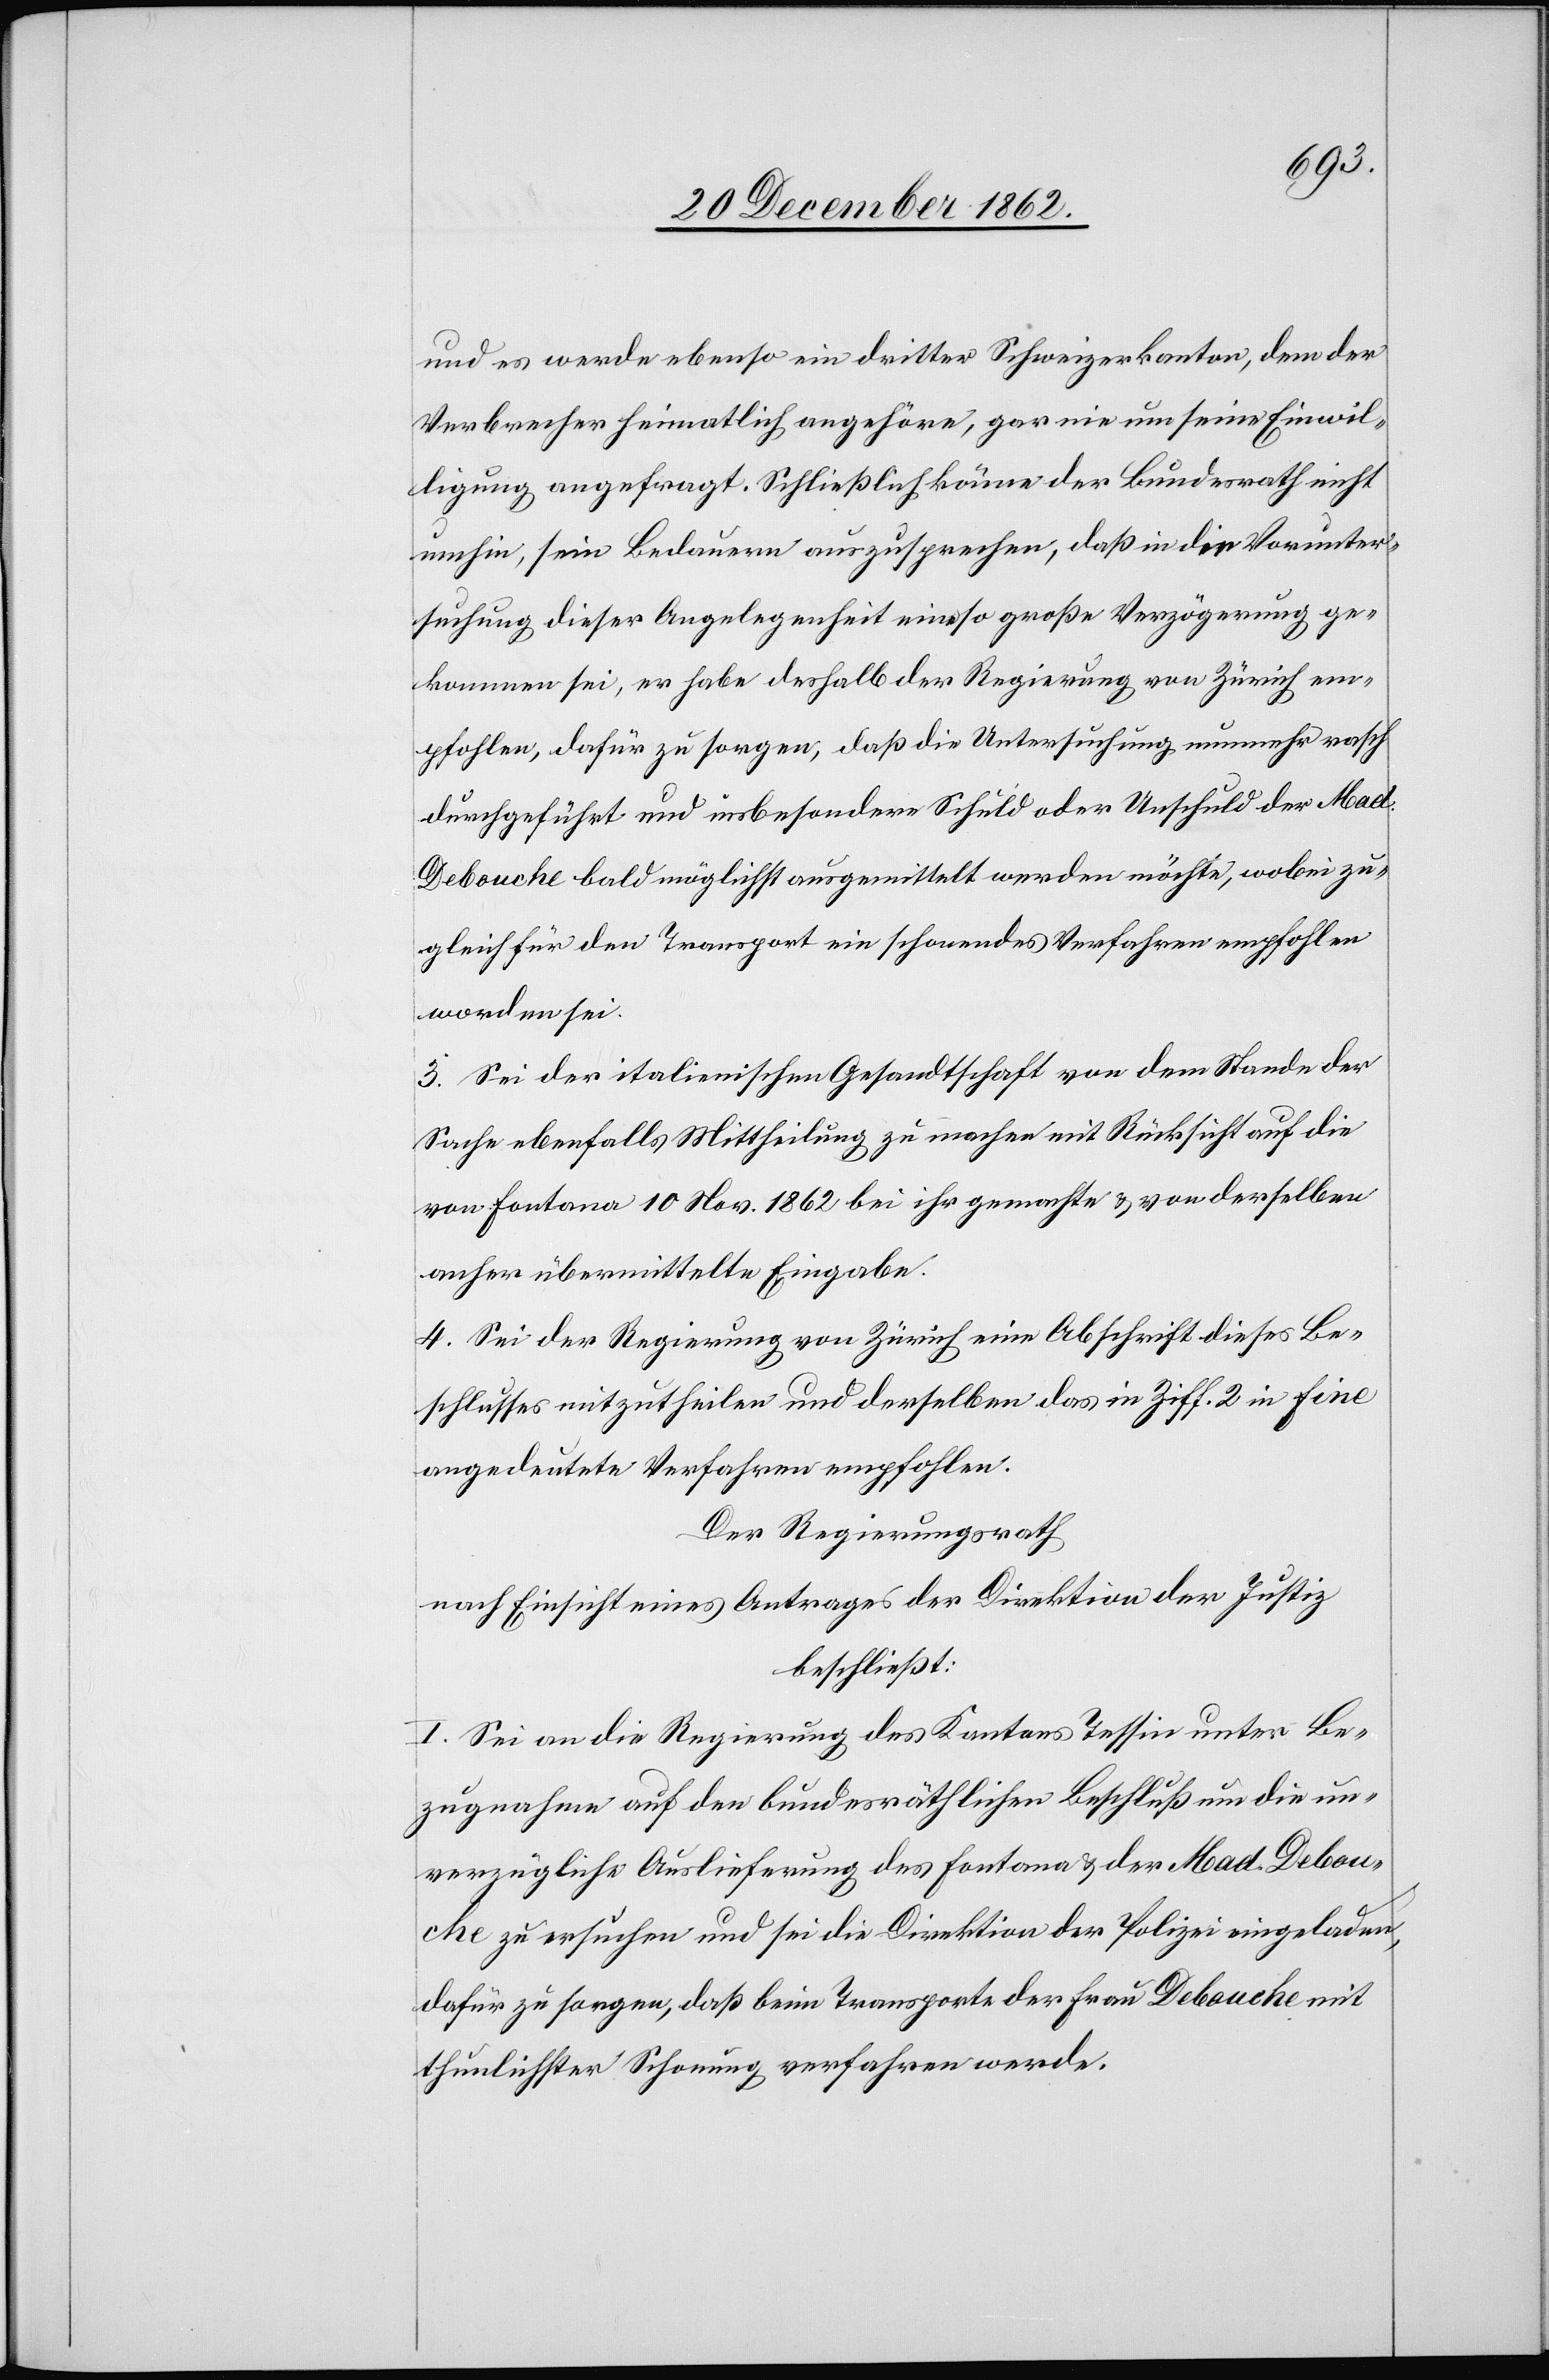
und es werde ebenso ein dritter Schweizerkanton, dem der
Verbrecher heimatlich angehöre, gar nie um seine Einwil¬
ligung angefragt. Schließlich käme der Bundesrath nicht
umhin, sein Bedauern auszusprechen, daß in die Vorunter¬
suchung dieser Angelegenheit eine so große Verzögerung ge¬
kommen sei, er habe deshalb der Regierung von Zürich em¬
pfohlen, dafür zu sorgen, daß die Untersuchung nunmehr rasch
durchgeführt und insbesondere Schuld oder Unschuld der Mad.
Debouche bald möglichst ausgemittelt werden möchte, wobei zu¬
gleich für den Transport ein schonendes Verfahren empfohlen
worden sei.
3. Sei der italienischen Gesandtschaft von dem Stande der
Sache ebenfalls Mittheilung zu machen mit Rücksicht auf die
von Fontana 10. Nov. 1862 bei ihr gemachte u. von derselben
anher übermittelte Eingabe.
4. Sei der Regierung von Zürich eine Abschrift dieses Be¬
schlusses mitzutheilen und derselben das in Ziff. 2 in fine
angedeutete Verfahren empfohlen.
Der Regierungsrath
nach Einsicht eines Antrages der Direktion der Justiz
beschließt:
I. Sei an die Regierung des Kantons Tessin unter Be¬
zugnahme auf den bundesräthlichen Beschluß nun die un¬
verzügliche Auslieferung des Fontana u. der Mad. Debou¬
che zu ersuchen und sei die Direktion der Polizei eingeladen,
dafür zu sorgen, daß beim Transporte der Frau Debouche mit
thunlichster Schonung verfahren werde.